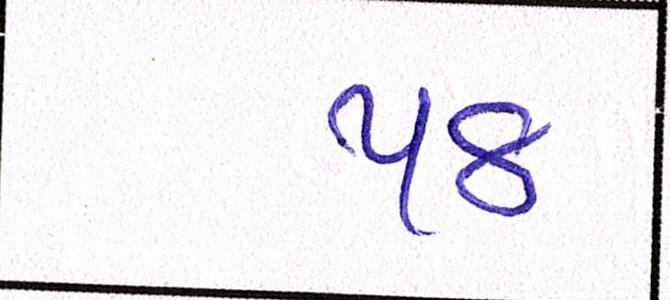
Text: ૫૪